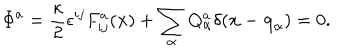
\Phi ^ { a } = { \frac { \kappa } { 2 } } \epsilon ^ { i j } F _ { i j } ^ { a } ( { \bf x } ) + \sum _ { \alpha } Q _ { \alpha } ^ { a } \delta ( { \bf x } - { \bf q } _ { \alpha } ) = 0 .